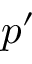
p ^ { \prime }